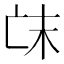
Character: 𠅒